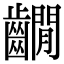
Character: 𪙩